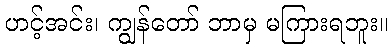
ဟင့်အင်း၊ ကျွန်တော် ဘာမှ မကြားရဘူး။